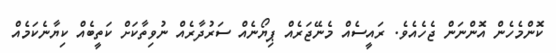
ކޮންމެހެން އޮންނަން ޖެހެއެވެ. ރައީސެއް މެނޭޖަރެއް ޕިޔޯނެއް ސަރުދާރެއް ނުވިތާކަށް ކަތީބެއް ކިޔާނެކަމެއް